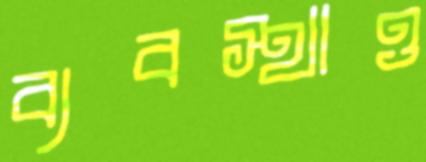
ব্যবস্থাও